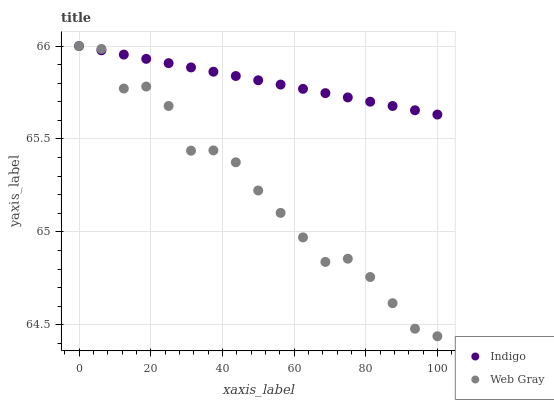
| xaxis_label | Indigo | Web Gray |
 | --- | --- | --- |
 | 0 | 66 | 66 |
 | 6.25 | 66 | 66 |
 | 12.5 | 66 | 65.8 |
 | 18.8 | 65.9 | 65.8 |
 | 25 | 65.9 | 65.7 |
 | 31.2 | 65.9 | 65.4 |
 | 37.5 | 65.9 | 65.4 |
 | 43.8 | 65.8 | 65.4 |
 | 50 | 65.8 | 65.2 |
 | 56.2 | 65.8 | 65.1 |
 | 62.5 | 65.8 | 65 |
 | 68.8 | 65.7 | 64.8 |
 | 75 | 65.7 | 64.9 |
 | 81.2 | 65.7 | 64.8 |
 | 87.5 | 65.7 | 64.6 |
 | 93.8 | 65.7 | 64.5 |
 | 100 | 65.6 | 64.4 |